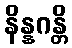
နိန္နဂန္တိ